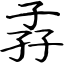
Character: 孨